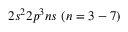
{ { 2 s ^ { 2 } 2 p ^ { 3 } n s ~ ( n = 3 - 7 ) } }